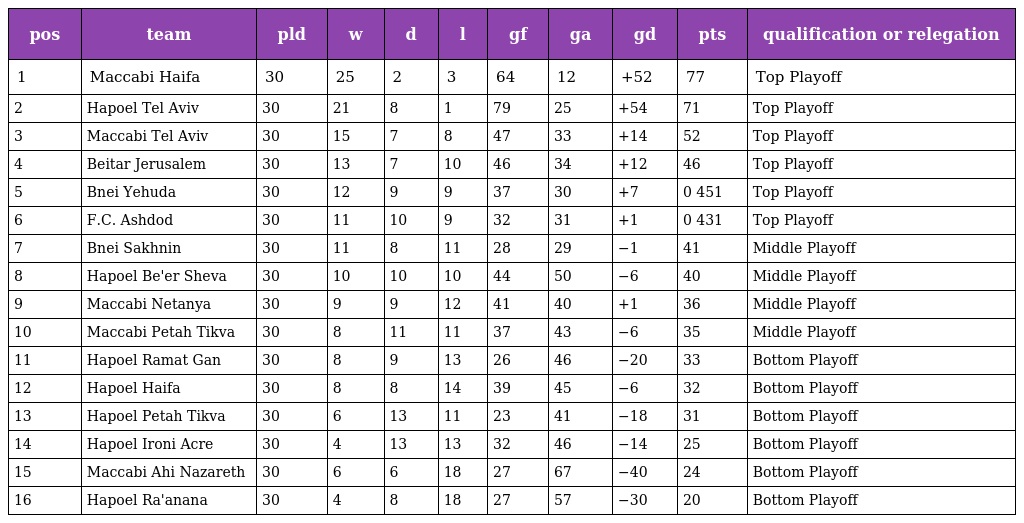
| pos | team | pld | w | d | l | gf | ga | gd | pts | qualification or relegation |
 | --- | --- | --- | --- | --- | --- | --- | --- | --- | --- | --- |
 | 1 | Maccabi Haifa | 30 | 25 | 2 | 3 | 64 | 12 | +52 | 77 | Top Playoff |
 | 2 | Hapoel Tel Aviv | 30 | 21 | 8 | 1 | 79 | 25 | +54 | 71 | Top Playoff |
 | 3 | Maccabi Tel Aviv | 30 | 15 | 7 | 8 | 47 | 33 | +14 | 52 | Top Playoff |
 | 4 | Beitar Jerusalem | 30 | 13 | 7 | 10 | 46 | 34 | +12 | 46 | Top Playoff |
 | 5 | Bnei Yehuda | 30 | 12 | 9 | 9 | 37 | 30 | +7 | 0 451 | Top Playoff |
 | 6 | F.C. Ashdod | 30 | 11 | 10 | 9 | 32 | 31 | +1 | 0 431 | Top Playoff |
 | 7 | Bnei Sakhnin | 30 | 11 | 8 | 11 | 28 | 29 | −1 | 41 | Middle Playoff |
 | 8 | Hapoel Be'er Sheva | 30 | 10 | 10 | 10 | 44 | 50 | −6 | 40 | Middle Playoff |
 | 9 | Maccabi Netanya | 30 | 9 | 9 | 12 | 41 | 40 | +1 | 36 | Middle Playoff |
 | 10 | Maccabi Petah Tikva | 30 | 8 | 11 | 11 | 37 | 43 | −6 | 35 | Middle Playoff |
 | 11 | Hapoel Ramat Gan | 30 | 8 | 9 | 13 | 26 | 46 | −20 | 33 | Bottom Playoff |
 | 12 | Hapoel Haifa | 30 | 8 | 8 | 14 | 39 | 45 | −6 | 32 | Bottom Playoff |
 | 13 | Hapoel Petah Tikva | 30 | 6 | 13 | 11 | 23 | 41 | −18 | 31 | Bottom Playoff |
 | 14 | Hapoel Ironi Acre | 30 | 4 | 13 | 13 | 32 | 46 | −14 | 25 | Bottom Playoff |
 | 15 | Maccabi Ahi Nazareth | 30 | 6 | 6 | 18 | 27 | 67 | −40 | 24 | Bottom Playoff |
 | 16 | Hapoel Ra'anana | 30 | 4 | 8 | 18 | 27 | 57 | −30 | 20 | Bottom Playoff |